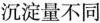
沉淀量不同